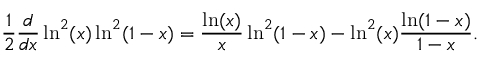
\frac { 1 } { 2 } \frac { d } { d x } \ln ^ { 2 } ( x ) \ln ^ { 2 } ( 1 - x ) = \frac { \ln ( x ) } { x } \ln ^ { 2 } ( 1 - x ) - \ln ^ { 2 } ( x ) \frac { \ln ( 1 - x ) } { 1 - x } .